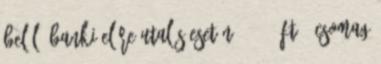
belül, banki előre utalás esetén: 990,- Ft csomag